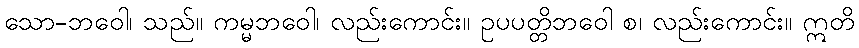
သော-ဘဝေါ၊ သည်။ ကမ္မဘဝေါ၊ လည်းကောင်း။ ဥပပတ္တိဘဝေါ စ၊ လည်းကောင်း။ ဣတိ